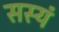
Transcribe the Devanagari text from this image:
सस्यं